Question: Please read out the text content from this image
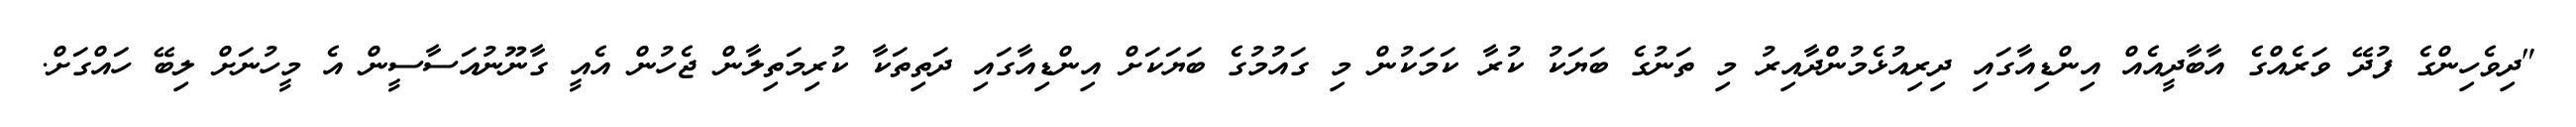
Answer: "ދިވެހިންގެ ފުދޭ ވަރެއްގެ އާބާދީއެއް އިންޑިއާގައި ދިރިއުޅެމުންދާއިރު މި ތަނުގެ ބަޔަކު ކުރާ ކަމަކުން މި ގައުމުގެ ބަޔަކަށް އިންޑިއާގައި ދަތިތަކާ ކުރިމަތިލާން ޖެހުން އެއީ ގާނޫނުއަސާސީން އެ މީހުނަށް ލިބޭ ހައްގަށް.